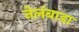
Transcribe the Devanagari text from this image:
नेलंबाडा